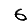
Digit: 6